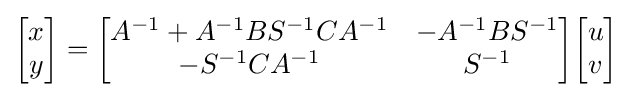
{\begin{bmatrix}x\\y\end{bmatrix}}={\begin{bmatrix}A^{-1}+A^{-1}BS^{-1}CA^{-1}&-A^{-1}BS^{-1}\\-S^{-1}CA^{-1}&S^{-1}\end{bmatrix}}{\begin{bmatrix}u\\v\end{bmatrix}}